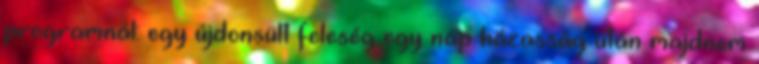
programnál: egy újdonsült feleség egy nap házasság után majdnem